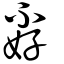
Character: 孬